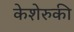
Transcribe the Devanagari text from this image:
केशेरुकी